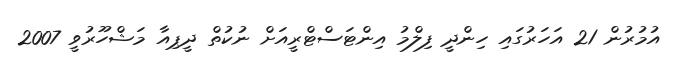
އުމުރުން 21 އަހަރުގައި ހިންދީ ފިލްމު އިންޓަސްޓްރީއަށް ނުކުތް ދީޕިއާ މަޝްހޫރުވީ 2007